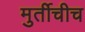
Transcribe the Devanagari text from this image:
मुर्तीचीच